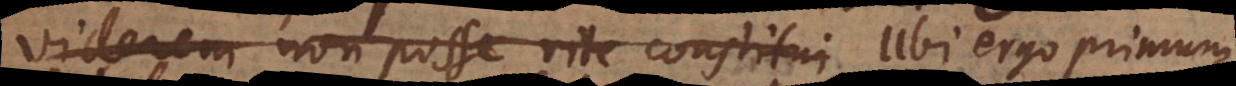
viderem non posse rite constitui Ubi ergo primum